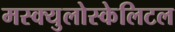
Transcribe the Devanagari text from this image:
मस्क्युलोस्केलिटल